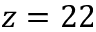
z = 2 2